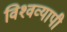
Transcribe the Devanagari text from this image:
विश्‍वव्‍यापी